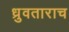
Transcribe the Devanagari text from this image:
ध्रुवताराच